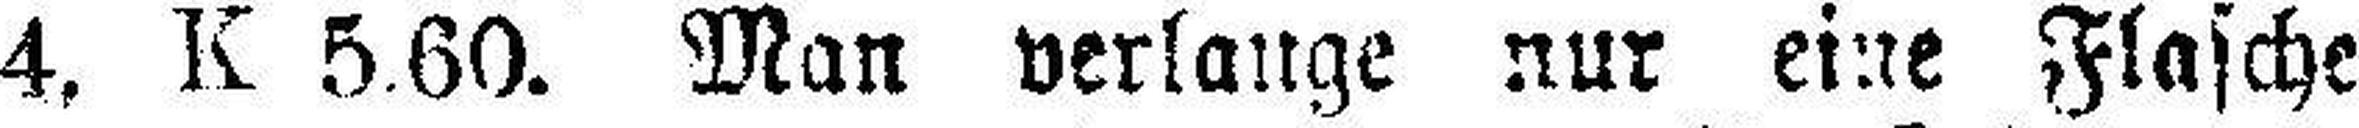
K 4, K 5.60. Man verlange nur eine Flasche